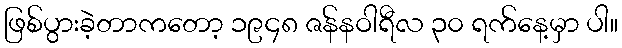
ဖြစ်ပွားခဲ့တာကတော့ ၁၉၄၈ ဇန်နဝါရီလ ၃၀ ရက်နေ့မှာ ပါ။